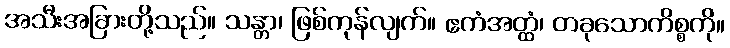
အသီးအခြားတို့သည်။ သန္တာ၊ ဖြစ်ကုန်လျက်။ ဧကံအတ္ထံ၊ တခုသောကိစ္စကို။